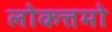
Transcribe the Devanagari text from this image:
लोकत्तमो